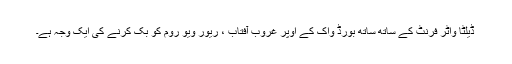
ڈیلٹا واٹر فرنٹ کے ساتھ ساتھ بورڈ واک کے اوپر غروب آفتاب ، ریور ویو روم کو بک کرنے کی ایک وجہ ہے۔